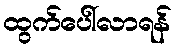
ထွက်ပေါ်လာရန်